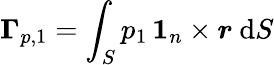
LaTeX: \boldsymbol{\Gamma}_{p,{1}}=\int_{S}p_{1}\, \boldsymbol{1}_{n}\times\boldsymbol{r}\ \mathrm{d}S